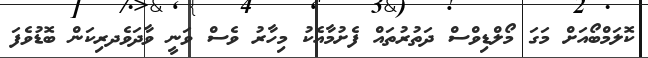
ކޮލަމްބޯއަށް މަގަ މޯލްޑިވްސް ދަތުރުތައް ފެށުމާއެކު މިހާރު ވެސް ވަނީ ވާދަވެދރިކަން ބޮޑުވެފަ